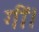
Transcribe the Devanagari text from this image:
गीं।